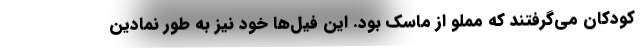
کودکان می‌گرفتند که مملو از ماسک بود. این فیل‌ها خود نیز به طور نمادین